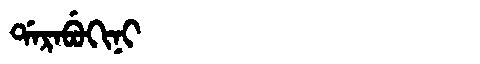
Manchu: ᡩᠠᡵᠠᠪᡠᡴᡳᠨᡳ
Romanization: DARABUKINI